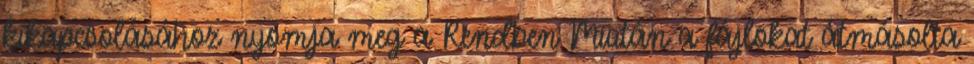
kikapcsolásához nyomja meg a Rendben Miután a fájlokat átmásolta